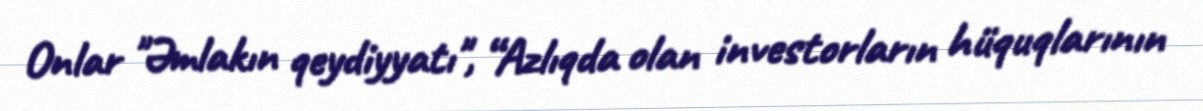
Onlar "Əmlakın qeydiyyatı", “Azlıqda olan investorların hüquqlarının